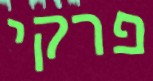
פרקי